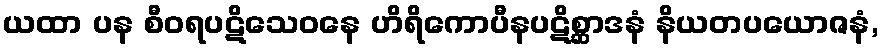
ယထာ ပန စီဝရပဋိသေဝနေ ဟိရိကောပီနပဋိစ္ဆာဒနံ နိယတပယောဇနံ,